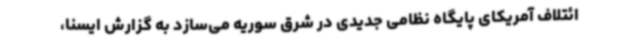
ائتلاف آمریکای پایگاه نظامی جدیدی در شرق سوریه می‌سازد به گزارش ایسنا،